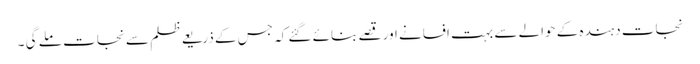
نجات دہندہ کے حوالے سے بہت افسانے اور قصے بنائے گئے کہ جس کے ذریعے ظلم سے نجات ملے گی ۔